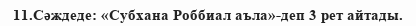
11.Сәждеде: «Субхана Роббиал аъла»-деп 3 рет айтады.